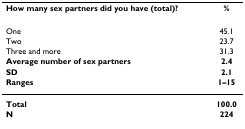
| How many sex partners did you have (total)? | % |
 | --- | --- |
 | One | 45.1 |
 | Two | 23.7 |
 | Three and more | 31.3 |
 | Average number of sex partners | 2.4 |
 | SD | 2.1 |
 | Ranges | 1–15 |
 | Total | 100.0 |
 | N | 224 |